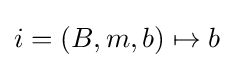
i=(B,m,b)\mapsto b